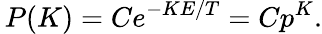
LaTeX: \, P(K)=Ce^{-KE/T}=Cp^{K}.